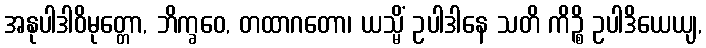
အနုပါဒါဝိမုတ္တော, ဘိက္ခဝေ, တထာဂတော၊ ယသ္မိံ ဥပါဒါနေ သတိ ကိဉ္စိ ဥပါဒိယေယျ,